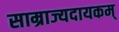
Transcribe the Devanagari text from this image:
साम्राज्यदायकम्